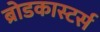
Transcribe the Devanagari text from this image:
ब्रोडकास्टर्स